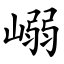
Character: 嵶